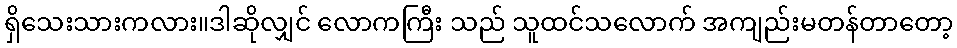
ရှိသေးသားကလား။ဒါဆိုလျှင် လောကကြီး သည် သူထင်သလောက် အကျည်းမတန်တာတော့